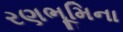
રણભૂમિના